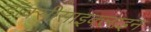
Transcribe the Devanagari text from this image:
डॉक्सीसाइक्लाइन